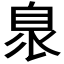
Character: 𦤌